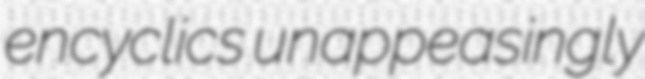
encyclics unappeasingly